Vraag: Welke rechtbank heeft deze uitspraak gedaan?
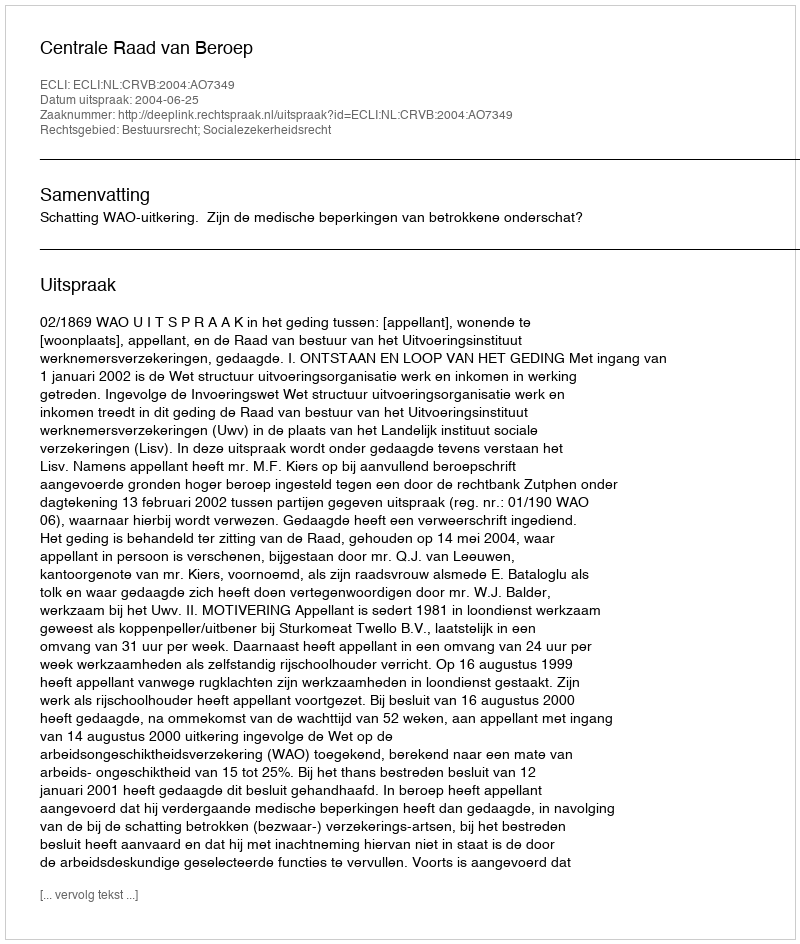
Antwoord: Centrale Raad van Beroep